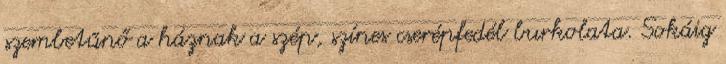
szembetűnő a háznak a szép, színes cserépfedél burkolata. Sokáig